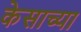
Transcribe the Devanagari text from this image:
केसाच्या